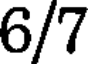
6/7